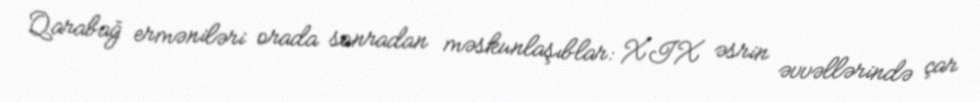
Qarabağ erməniləri orada sonradan məskunlaşıblar: XIX əsrin əvvəllərində çar